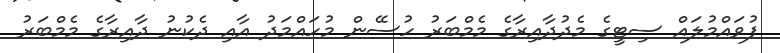
ފުވައްމުުލައް ސިޓީގެ މެދުދާއިރާގެ މެމްބަރު ހުސޭން މުހައްމަދު އާއި ދެކުނު ދާއިރާގެ މެމްބަރު